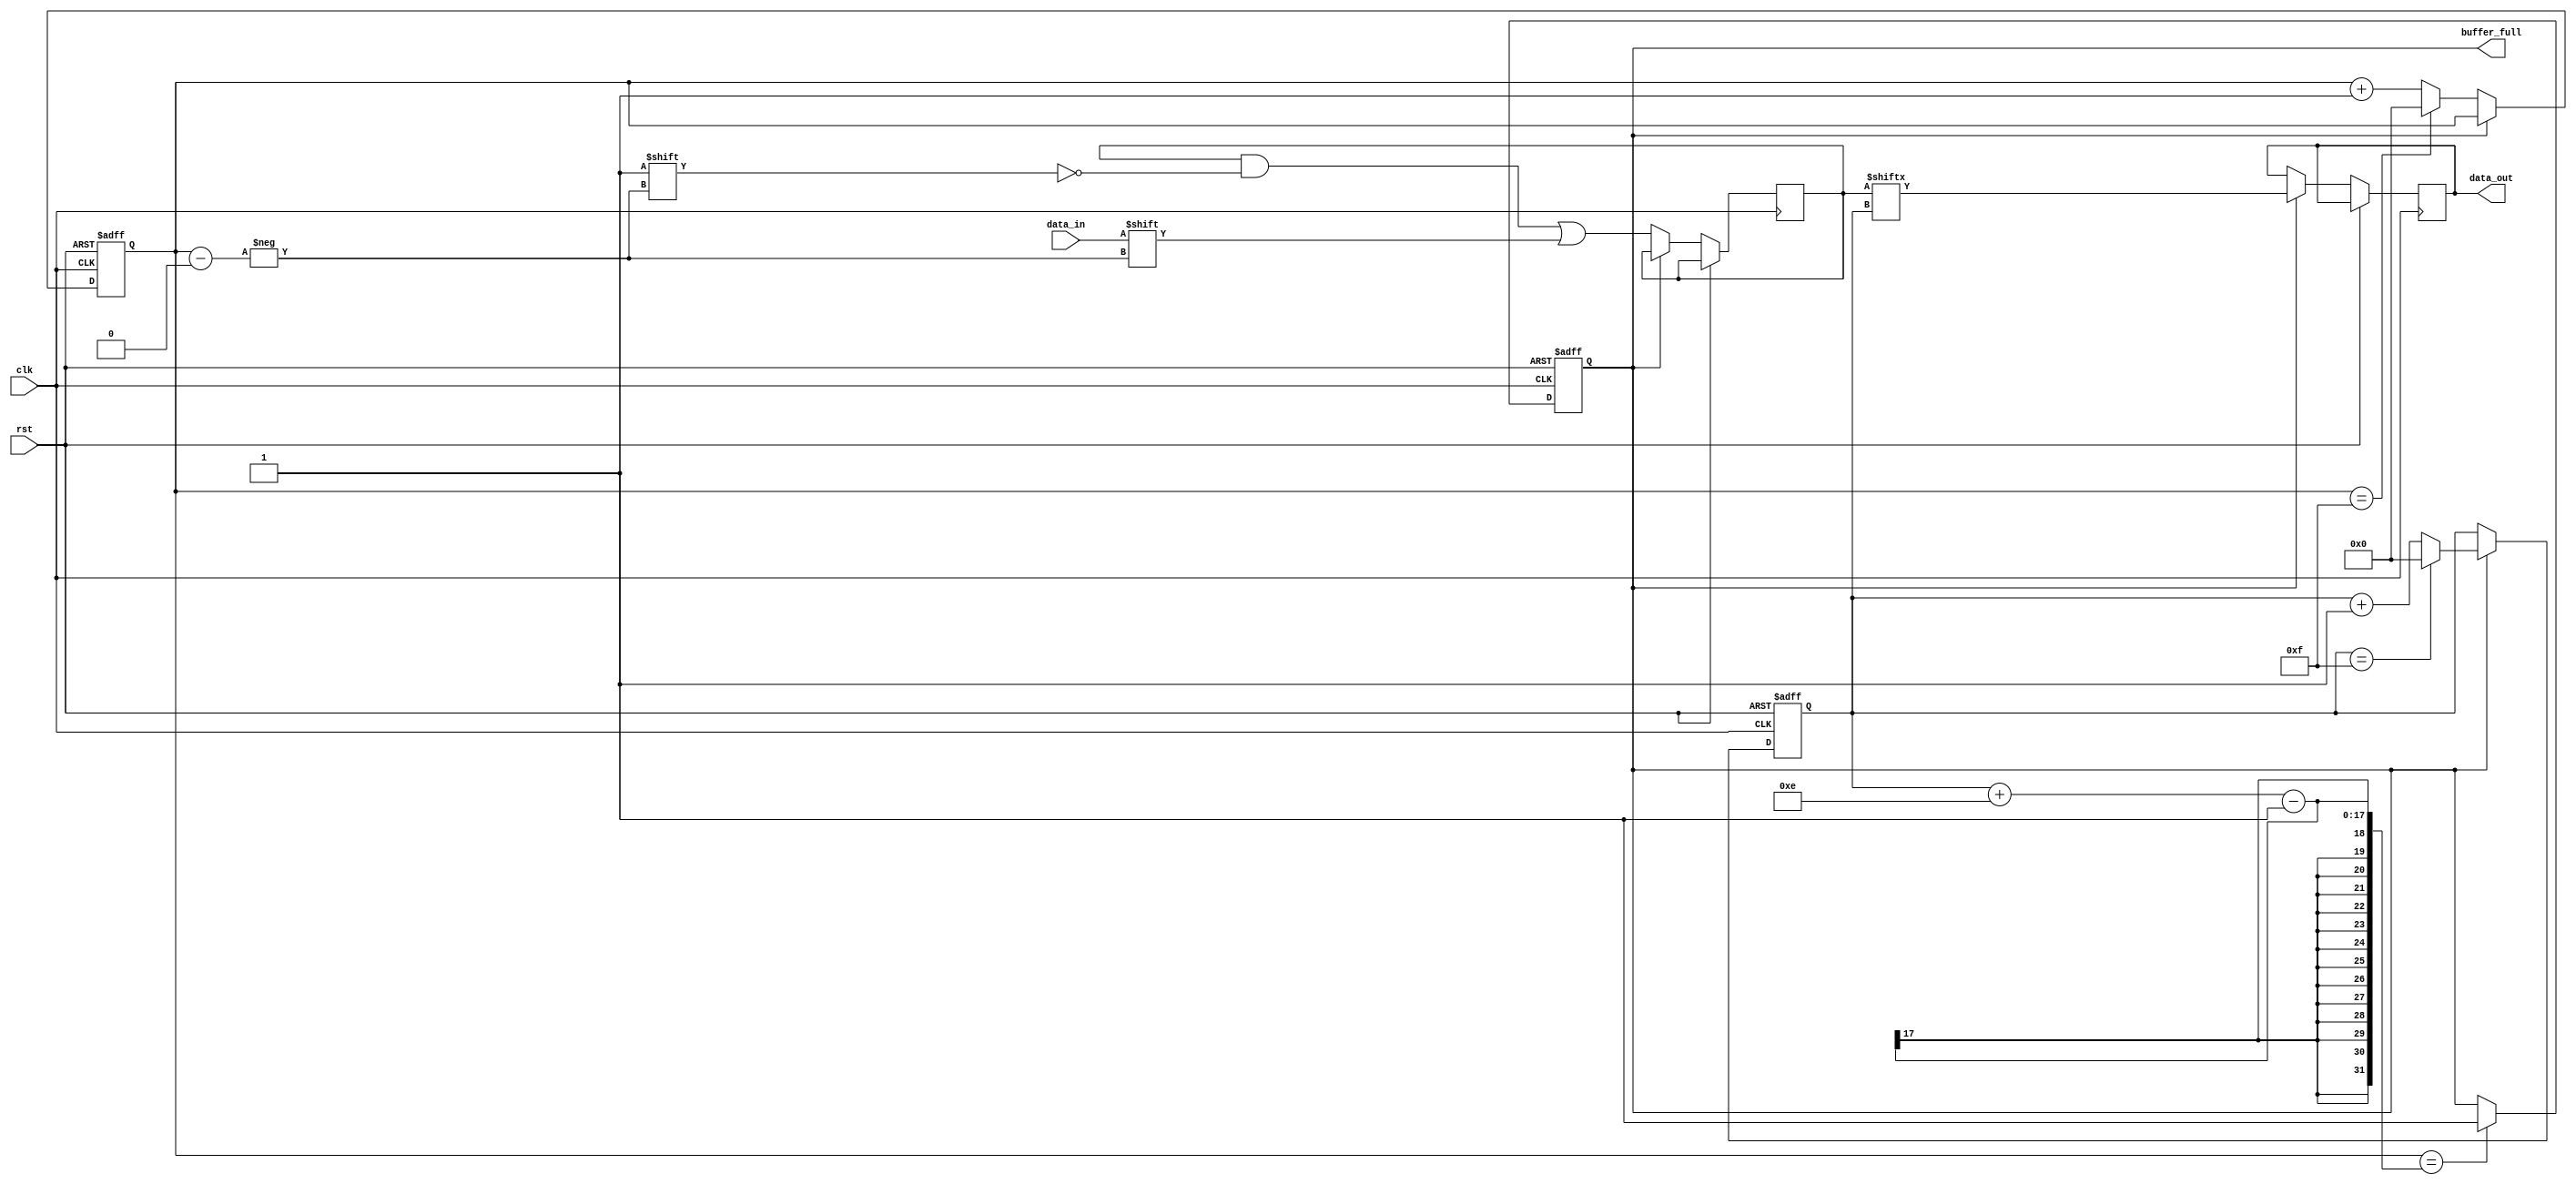
module AlmostFullFIFO (
    input wire clk,
    input wire rst,
    input wire data_in,
    output reg data_out,
    output reg buffer_full
);

parameter BUFFER_SIZE = 16;
parameter ALMOST_FULL_THRESHOLD = 14;

reg [BUFFER_SIZE-1:0] fifobuf;
reg [BUFFER_SIZE-1:0] write_ptr;
reg [BUFFER_SIZE-1:0] read_ptr;

always @(posedge clk or posedge rst) begin
    if (rst) begin
        write_ptr <= 0;
        read_ptr <= 0;
        buffer_full <= 0;
    end else begin
        if (buffer_full) begin
            data_out <= fifobuf[read_ptr];
            read_ptr <= read_ptr + 1;
            if (read_ptr == BUFFER_SIZE-1) begin
                read_ptr <= 0;
            end
        end
        
        if (write_ptr == read_ptr + ALMOST_FULL_THRESHOLD - 1) begin
            buffer_full <= 1;
        end
        
        if (!buffer_full) begin
            fifobuf[write_ptr] <= data_in;
            write_ptr <= write_ptr + 1;
            if (write_ptr == BUFFER_SIZE-1) begin
                write_ptr <= 0;
            end
        end
    end
end

endmodule